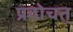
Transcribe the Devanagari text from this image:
प्रवोचत्